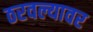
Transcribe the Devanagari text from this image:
ठरवल्यावर